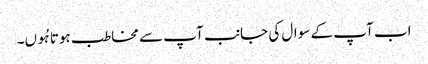
اب آپ کے سوال کی جانب آپ سے مخاطب ہوتا ہُوں۔